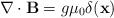
LaTeX: \begin{align*}\nabla \cdot {\bf B} = g {\mu}_{0} \delta ( {\bf x} )\end{align*}